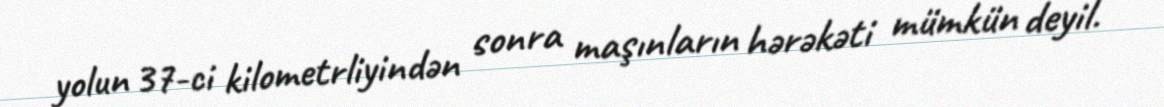
yolun 37-ci kilometrliyindən sonra maşınların hərəkəti mümkün deyil.